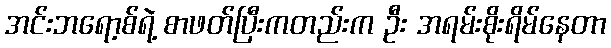
အင်းဘရော့စ်ရဲ့ စာဖတ်ပြီးကတည်းက ဦး အရမ်းစိုးရိမ်နေတာ